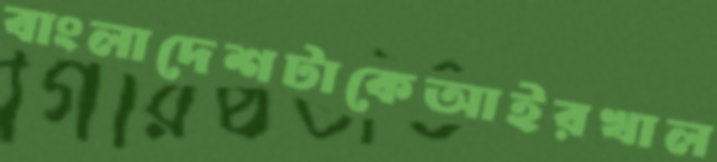
বাংলাদেশটাকেআইরখাল